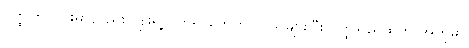
ဝတ္ထုတိုလိုင်းမှာလည်း ဂျူးရဲ့လက်ရာတွေကို လူသိများပြီး ဝတ္ထုရှည်ထက် အတိုမှာ